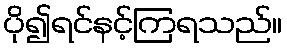
ပို၍ရင်နင့်ကြရသည်။